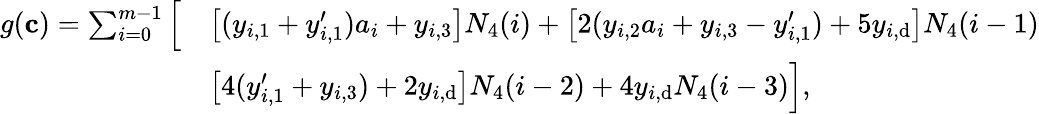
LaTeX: \begin{array}{rl}{g(\mathbf{c})=\sum_{i=0}^{m-1}\Big[}&{\big[(y_{i,1}+y_{i,1}^{\prime})a_{i}+y_{i,3}\big]N_{4}(i)+\big[2(y_{i,2}a_{i}+y_{i,3}-y_{i,1}^{\prime})+5y_{i,\textup{d}}\big]N_{4}(i-1)}\\ &{\big[4(y_{i,1}^{\prime}+y_{i,3})+2y_{i,\textup{d}}\big]N_{4}(i-2)+4y_{i,\textup{d}}N_{4}(i-3)\Big],}\end{array}